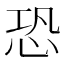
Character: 恐